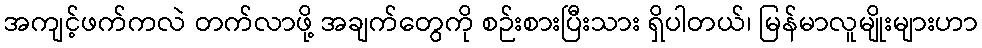
အကျင့်ဖက်ကလဲ တက်လာဖို့ အချက်တွေကို စဉ်းစားပြီးသား ရှိပါတယ်၊ မြန်မာလူမျိုးများဟာ